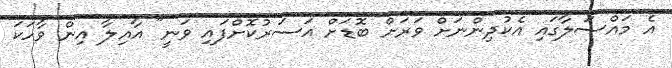
އެ މައްސަލާގައި އެކުދިންނަށް ވަރަށް ބޮޑަށް އަސަރުކޮށްފައި ވަނީ" އާއިލާ އިން ވާހަކަ